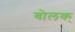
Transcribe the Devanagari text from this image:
बोलक्